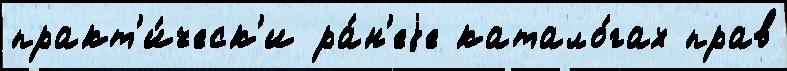
практ'и́ческ'и ра́н'еjе катало́гах прав